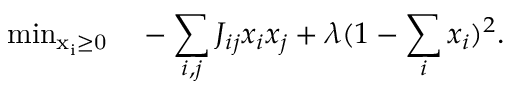
\mathrm { m i n _ { x _ { i } \ge 0 } } \quad - \sum _ { i , j } J _ { i j } x _ { i } x _ { j } + \lambda ( 1 - \sum _ { i } x _ { i } ) ^ { 2 } .